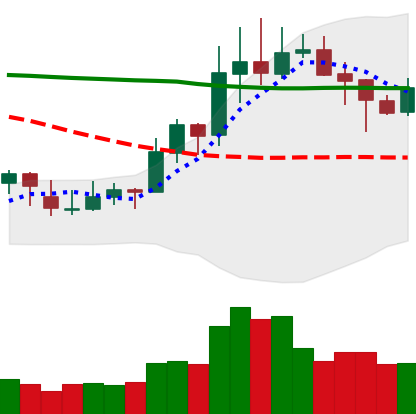
Ticker: XLM-USD
Chart end date: 2020-01-26
Forward return: 5.091%
Label: up_5_7